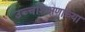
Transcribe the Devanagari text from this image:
उच्चशिक्षणाच्या